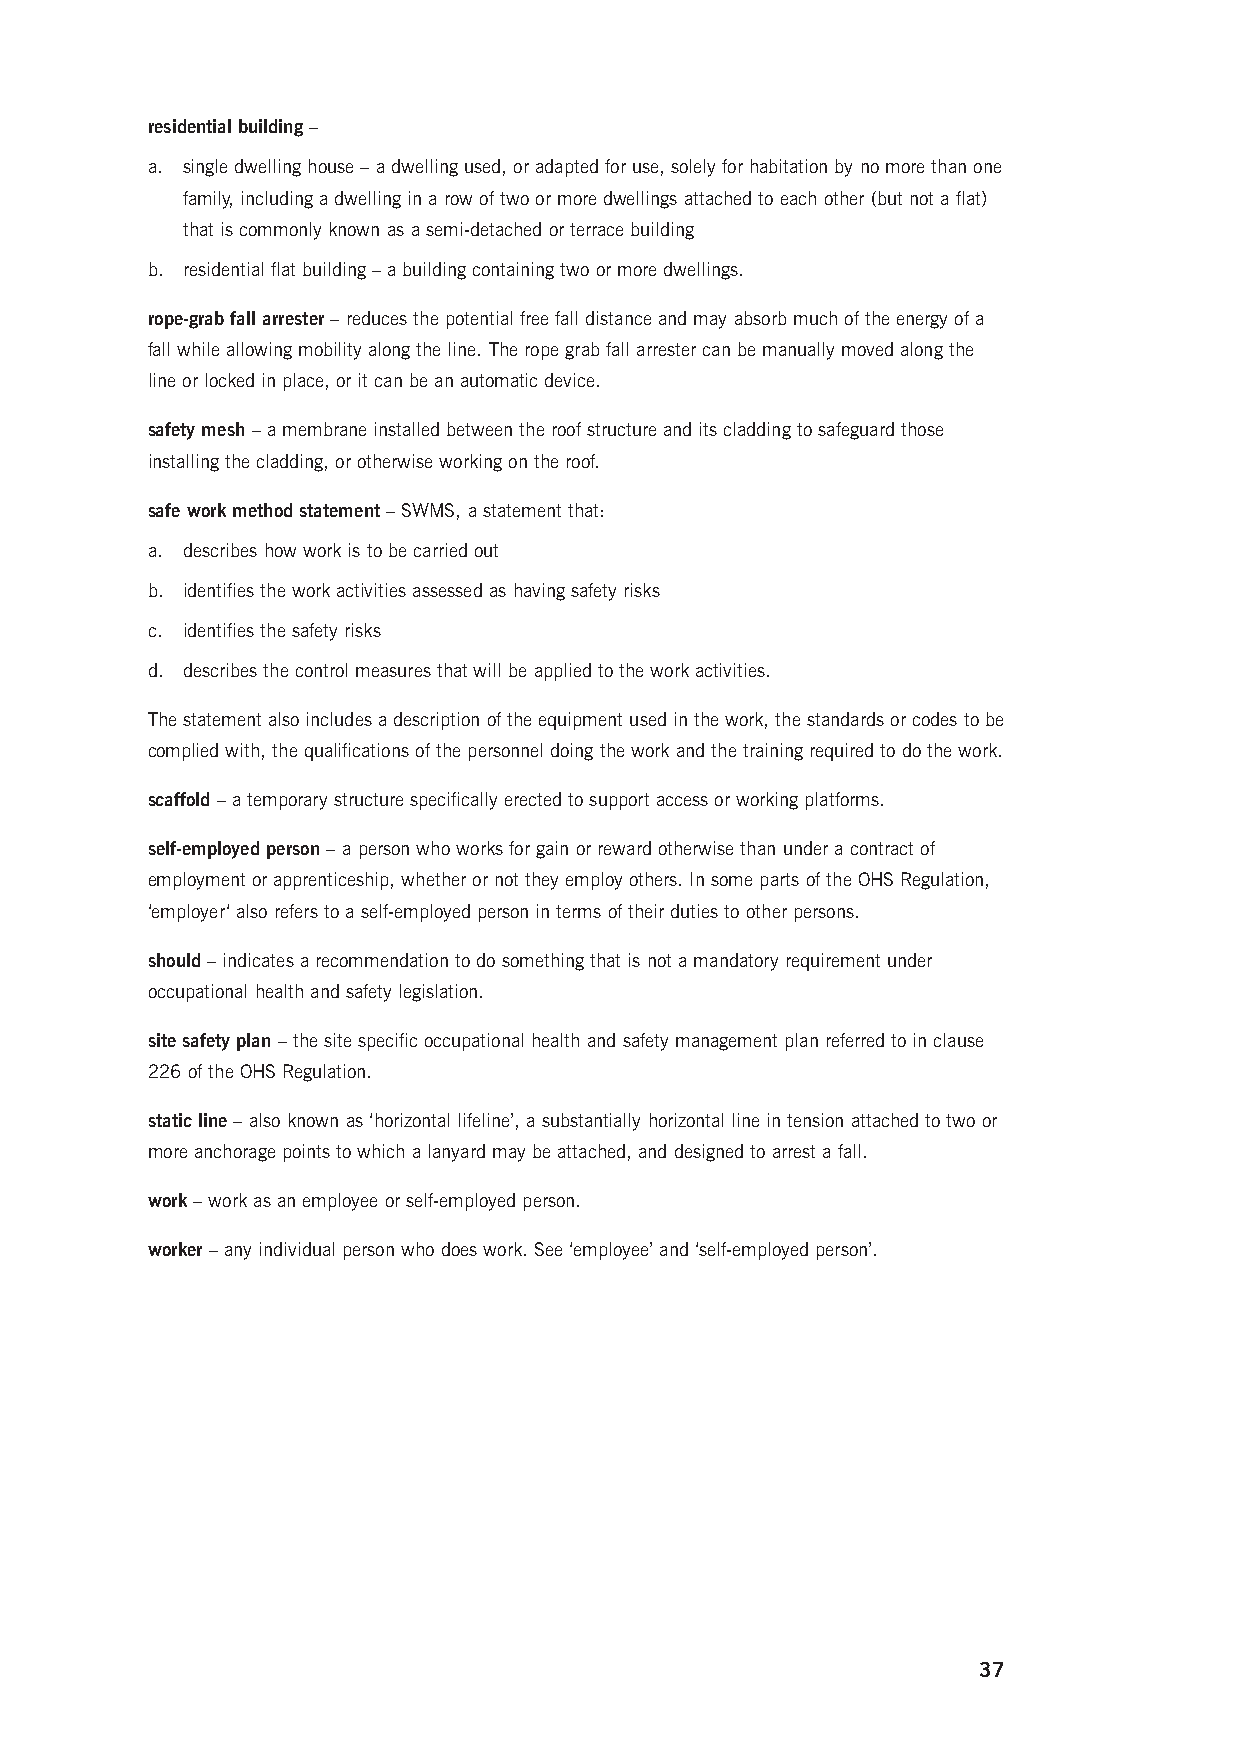
residential building –
 a. single dwelling house – a dwelling used, or adapted for use, solely for habitation by no more than one
 family, including a dwelling in a row of two or more dwellings attached to each other (but not a flat)
 that is commonly known as a semi-detached or terrace building
 b. residential flat building – a building containing two or more dwellings.
 rope-grab fall arrester – reduces the potential free fall distance and may absorb much of the energy of a
 fall while allowing mobility along the line. The rope grab fall arrester can be manually moved along the
 line or locked in place, or it can be an automatic device.
 safety mesh – a membrane installed between the roof structure and its cladding to safeguard those
 installing the cladding, or otherwise working on the roof.
 safe work method statement – SWMS, a statement that:
 a. describes how work is to be carried out
 b. identifies the work activities assessed as having safety risks
 c. identifies the safety risks
 d. describes the control measures that will be applied to the work activities.
 The statement also includes a description of the equipment used in the work, the standards or codes to be
 complied with, the qualifications of the personnel doing the work and the training required to do the work.
 scaffold – a temporary structure specifically erected to support access or working platforms.
 self-employed person – a person who works for gain or reward otherwise than under a contract of
 employment or apprenticeship, whether or not they employ others. In some parts of the OHS Regulation,
 ‘employer‘ also refers to a self-employed person in terms of their duties to other persons.
 should – indicates a recommendation to do something that is not a mandatory requirement under
 occupational health and safety legislation.
 site safety plan – the site specific occupational health and safety management plan referred to in clause
 226 of the OHS Regulation.
 static line – also known as ‘horizontal lifeline’, a substantially horizontal line in tension attached to two or
 more anchorage points to which a lanyard may be attached, and designed to arrest a fall.
 work – work as an employee or self-employed person.
 worker – any individual person who does work. See ‘employee’ and ‘self-employed person’.
 37